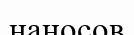
наносов